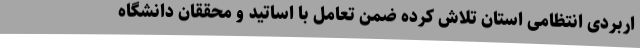
اربردی انتظامی استان تلاش کرده ضمن تعامل با اساتید و محققان دانشگاه